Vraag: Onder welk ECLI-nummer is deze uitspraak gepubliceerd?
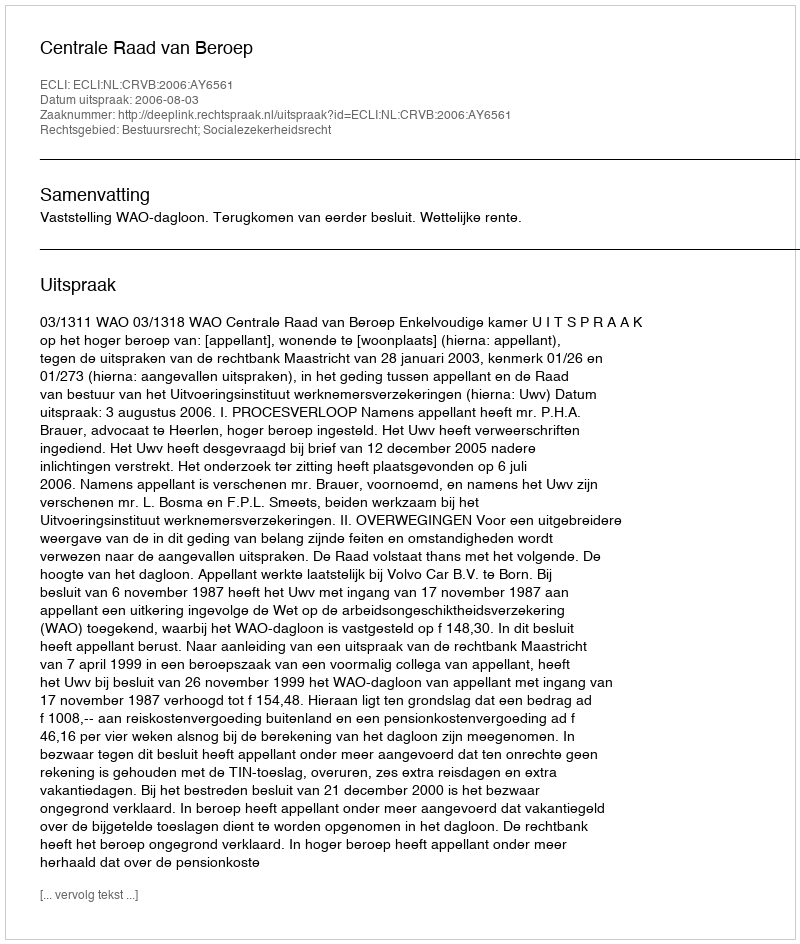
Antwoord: ECLI:NL:CRVB:2006:AY6561